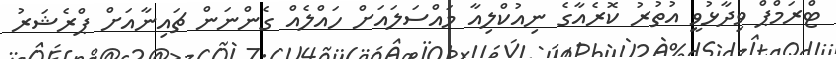
ޓްރަމްޕް ވިދާޅުވީ އުތުރު ކޮރެއާގެ ނިއުކްލިއާ މައްސަލައަށް ހައްލެއް ގެންނަން ޗައިނާއަށް ޕްރެޝަރު